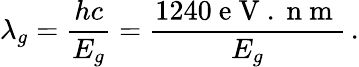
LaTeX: \lambda_{g}=\frac{hc}{E_{g}}=\frac{1240\mathrm{~e~V~.~n~m~}}{E_{g}}\, .